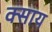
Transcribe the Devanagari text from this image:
क्साय